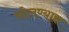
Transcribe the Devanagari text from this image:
सोलण्यास